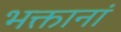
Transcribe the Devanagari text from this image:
भक्तानां